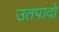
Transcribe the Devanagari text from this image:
उतपादो